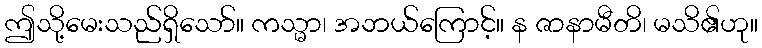
ဤသို့မေးသည်ရှိသော်။ ကသ္မာ၊ အဘယ်ကြောင့်။ န ဇာနာမီတိ၊ မသိ၏ဟု။